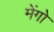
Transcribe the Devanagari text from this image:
मेंगो